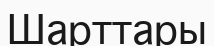
Шарттары